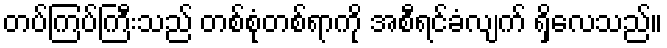
တပ်ကြပ်ကြီးသည် တစ်စုံတစ်ရာကို အစီရင်ခံလျက် ရှိလေသည်။